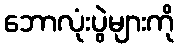
ဘောလုံးပွဲများကို